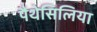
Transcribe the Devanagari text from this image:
पैंथेसिलिया